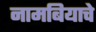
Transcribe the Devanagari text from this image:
नामबियाचे